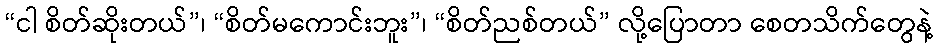
“ငါ စိတ်ဆိုးတယ်”၊ “စိတ်မကောင်းဘူး”၊ “စိတ်ညစ်တယ်” လို့ပြောတာ စေတသိက်တွေနဲ့